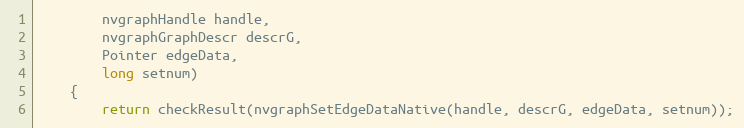
Language: Java
        nvgraphHandle handle,
        nvgraphGraphDescr descrG,
        Pointer edgeData,
        long setnum)
    {
        return checkResult(nvgraphSetEdgeDataNative(handle, descrG, edgeData, setnum));